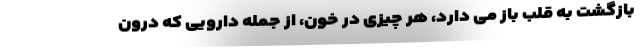
بازگشت به قلب باز می دارد، هر چیزی در خون، از جمله دارویی که درون